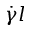
\dot { \gamma } l